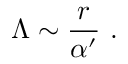
\Lambda \sim { \frac { r } { \alpha ^ { \prime } } } ~ .